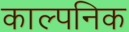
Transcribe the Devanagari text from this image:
काल्‍पनिक